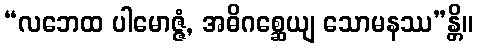
“လဘေထ ပါမောဇ္ဇံ, အဓိဂစ္ဆေယျ သောမနဿ”န္တိ။